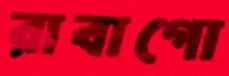
রাবাগো